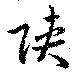
陜